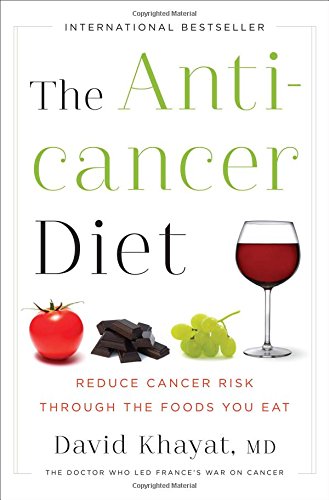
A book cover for The Anticancer Diet: Reduce Cancer Risk Through the Foods You Eat; David Khayat MD; Cookbooks, Food & Wine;